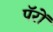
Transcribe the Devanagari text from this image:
पॅरों